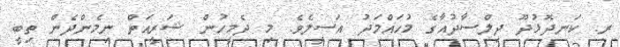
ރ. ކަނދޮޅުދޫ ދިލްސާދުއާގެ މުހައްމަދު އަސީލެވެ. މި ދެމީހުން ޝަރީއަތް ނިމެންދެން ތިބީ